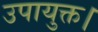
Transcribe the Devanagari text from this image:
उपायुक्त।